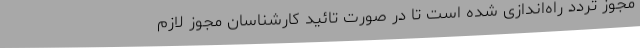
مجوز تردد راه‌اندازی شده است تا در صورت تائید کارشناسان مجوز لازم